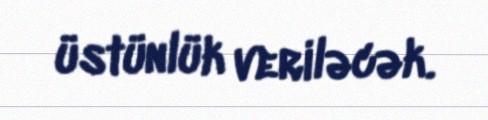
üstünlük veriləcək.